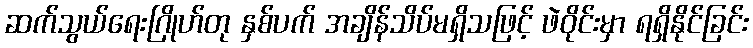
ဆက်သွယ်ရေးဂြိုဟ်တု နှစ်ပက် အချိန်သိပ်မရှိသဖြင့် ဖဲဝိုင်းမှာ ရရှိနိုင်ခြင်း